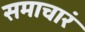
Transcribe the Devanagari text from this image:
समाचारं